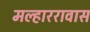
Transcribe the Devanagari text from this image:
मल्हाररावास